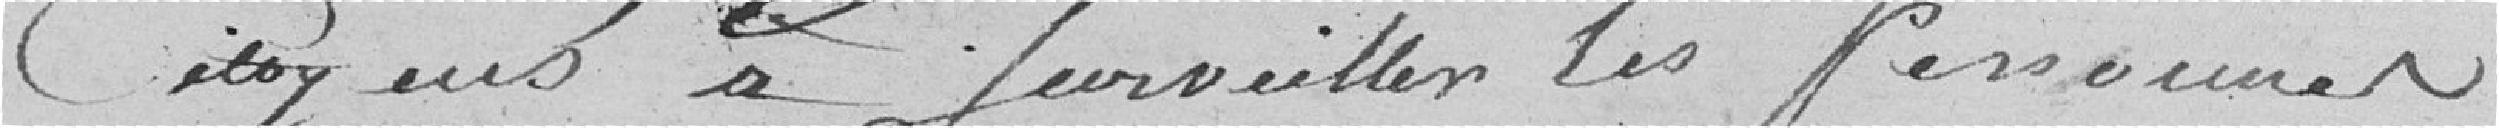
citoyens à surveiller les personnes